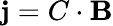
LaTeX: {\mathbf j}=C\cdot{\mathbf B}